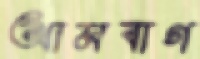
আমবাগ